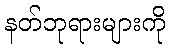
နတ်ဘုရားများကို